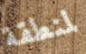
لمنطقة